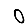
Digit: 0